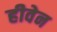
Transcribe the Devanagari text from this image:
हीवेन